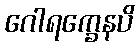
ဂေါရက္ခေနပိ